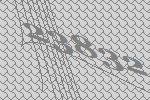
23832